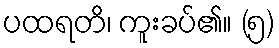
ပထရတိ၊ ကူးခပ်၏။ (၅)